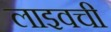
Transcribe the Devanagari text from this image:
लाइवची